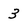
Character: 3